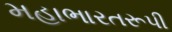
મહાભારતરૂપી